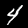
Label: 4